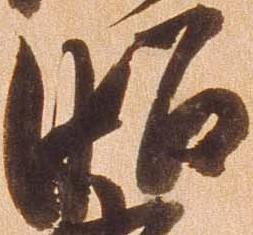
昭